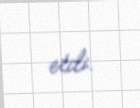
etdi.